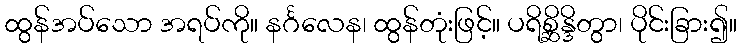
ထွန်အပ်သော အရပ်ကို။ နင်္ဂလေန၊ ထွန်တုံးဖြင့်။ ပရိစ္ဆိန္ဒိတွာ၊ ပိုင်းခြား၍။